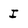
Character: I